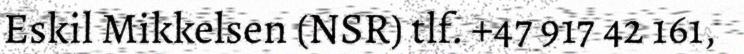
Eskil Mikkelsen (NSR) tlf. +47 917 42 161,